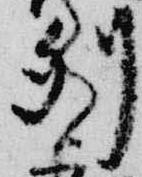
列